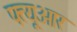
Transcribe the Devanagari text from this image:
फ्त्यूओर